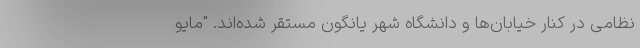
نظامی در کنار خیابان‌ها و دانشگاه شهر یانگون مستقر شده‌اند. "مایو